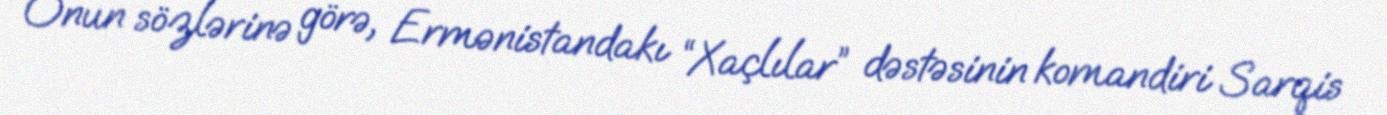
Onun sözlərinə görə, Ermənistandakı “Xaçlılar” dəstəsinin komandiri Sarqis